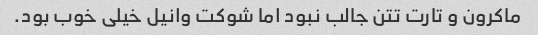
ماکرون و تارت تتن جالب نبود اما شوکت وانیل خیلی خوب بود.